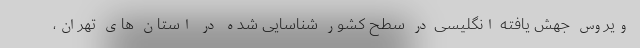
ویروس جهش یافته انگلیسی در سطح کشور شناسایی شده در استان های تهران،